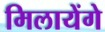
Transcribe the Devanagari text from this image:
मिलायेंगे